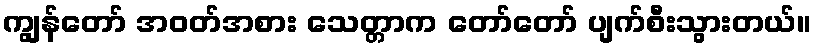
ကျွန်တော် အဝတ်အစား သေတ္တာက တော်တော် ပျက်စီးသွားတယ်။